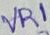
Text: VR1